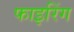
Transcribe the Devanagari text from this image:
फाइरिंग